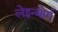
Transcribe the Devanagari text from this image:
लेइन्बोर्ग